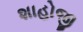
શાહોજી